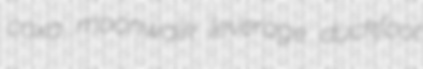
coxa moonwalk leverage duckfoot